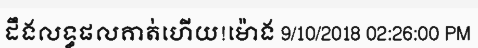
ដឹងលទ្ធផលគាត់ហើយ!ម៉ោង 9/10/2018 02:26:00 PM